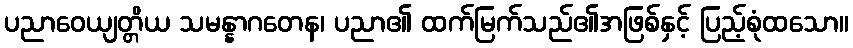
ပညာဝေယျတ္တိယ သမန္နာဂတေန၊ ပညာ၏ ထက်မြက်သည်၏အဖြစ်နှင့် ပြည့်စုံထသော။